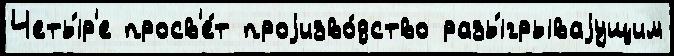
Четы́р'е просв'е́т проjизво́дство разы́грываjущим